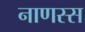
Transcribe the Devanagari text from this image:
नाणस्स